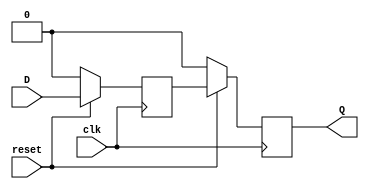
module Sync(
    input wire clk,
    input wire reset,
    input wire D,
    output wire Q
    );

    reg Q_temp1,Q_temp2;

    always@(posedge clk) begin
        if(~reset) begin
            Q_temp1 <= 1'b0;
            Q_temp2 <= 1'b0;
        end else begin
            Q_temp1 <= D;
            Q_temp2 <= Q_temp1;
        end
    end

    assign Q = Q_temp2;

endmodule